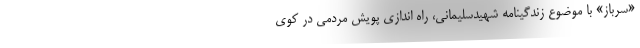
«سرباز» با موضوع زندگینامه شهیدسلیمانی، راه اندازی پویش مردمی در کوی